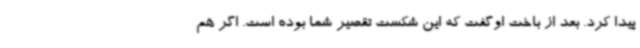
پیدا کرد. بعد از باخت اوگفت که این شکست تقصیر شما بوده است. اگر هم